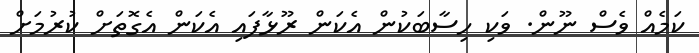
ކަމެއް ވެސް ނޫން. ވަކި ހިސާބަަކުން އެކަން ރޫޅާފައި އެކަން އެގޮތަށް ކުރުމަށް